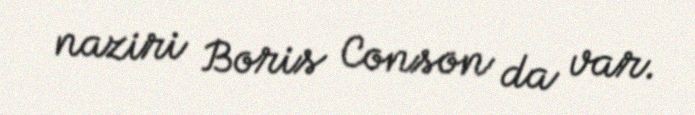
naziri Boris Conson da var.